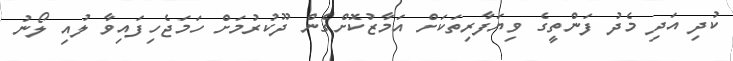
ކުދި އަދި މެދު ފަންތީގެ ވިޔަފާރިތަކަށް އަމާޒުކޮށްގެން ދޫކުރުމަށް ހަމަޖެހިފައިވާ ލުއި ލޯނު